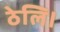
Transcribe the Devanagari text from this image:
ठेलि।